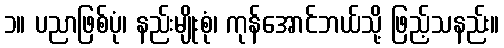
၁။ ပညာဖြစ်ပုံ၊ နည်းမျိုးစုံ၊ ကုန်အောင်ဘယ်သို့ ဖြည့်သနည်း။